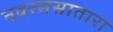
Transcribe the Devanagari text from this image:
नवरससातारा